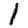
Digit: 1